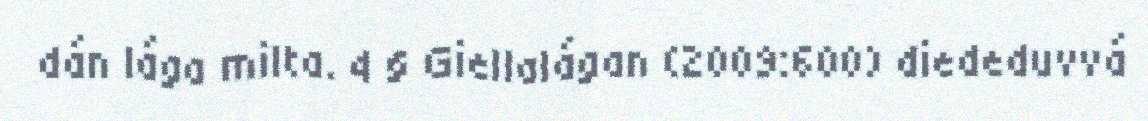
dán lága milta. 4 § Giellalágan (2009:600) diededuvvá